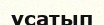
ұсатып